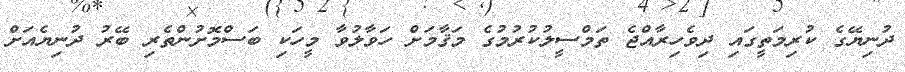
ދުނިޔޭގެ ކުރިމަތީގައި ދިވެހިރާއްޖެ ތަމްސީލުކުރުމުގެ މަޤާމަށް ހަވާލުވާ މީހަކި ބަސްމޮށުންތެރި ބޭރު ދުނިޔެއަށް